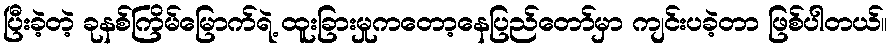
ပြီးခဲ့တဲ့ ခုနစ်ကြိမ်မြောက်ရဲ့ ထူးခြားမှုကတော့နေပြည်တော်မှာ ကျင်းပခဲ့တာ ဖြစ်ပါတယ်။